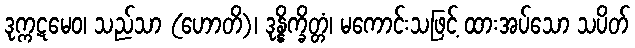
ဒုက္ကဋမေဝ၊ သည်သာ (ဟောတိ)၊ ဒုန္နိက္ခိတ္တံ၊ မကောင်းသဖြင့် ထားအပ်သော သပိတ်